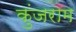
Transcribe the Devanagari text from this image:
कुंजराम